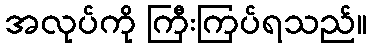
အလုပ်ကို ကြီးကြပ်ရသည်။